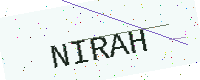
Text: NIRAH